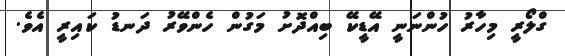
ގްލޯރީ މިހާރު ހުންނަނީ އޭޑީކޭ ބިއްދޮށު މަގުން ހެންވޭރު ދަނޑު ކައިރީ އެވެ.